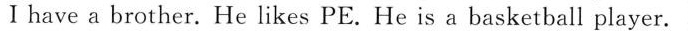
Ⅰ have a brother. He likes PE. He is a basketball player.